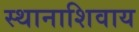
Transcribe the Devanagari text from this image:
स्थानाशिवाय